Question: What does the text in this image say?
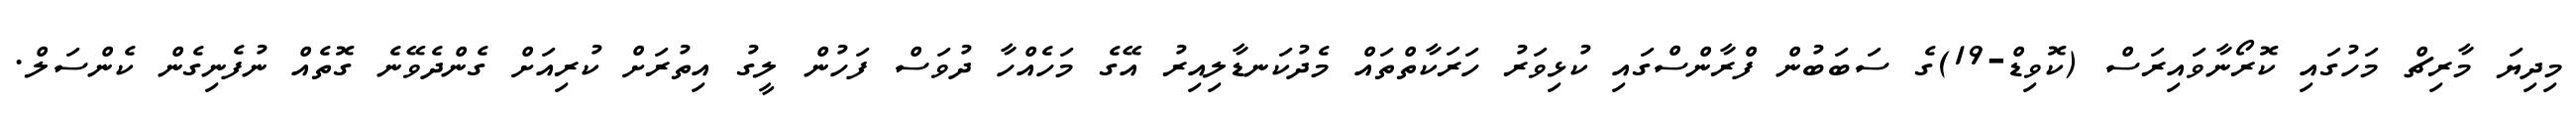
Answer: މިދިޔަ މާރިޗް މަހުގައި ކޮރޯނާވައިރަސް (ކޮވިޑް-19)ގެ ސަބަބުން ފްރާންސްގައި ކުޅިވަރު ހަރަކާތްތައް މެދުކަނޑާލިއިރު އޭގެ މަހެއްހާ ދުވަސް ފަހުން ލީގު އިތުރަށް ކުރިއަށް ގެންދެވޭނެ ގޮތެއް ނުފެނިގެން ކެންސަލް.